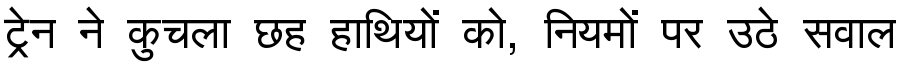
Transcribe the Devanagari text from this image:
ट्रेन ने कुचला छह हाथियों को, नियमों पर उठे सवाल